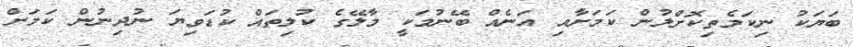
ބަޔަކު ނިކަމެތިކޮށްލުން ކަމަށާއި އަނެއް ބޭނުމަކީ މާލޭގެ ކުލިތައް ކުޑަވިޔަ ނުދިނުން ކަމަށް